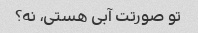
تو صورتت آبی هستی، نه؟